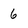
Character: 6